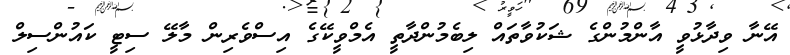
އޭނާ ވިދާޅުވީ އާންމުންގެ ޝަކުވާތައް ލިބެމުންދާތީ އެމްވީކޭގެ އިސްވެރިން މާލޭ ސިޓީ ކައުންސިލް